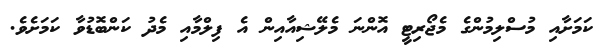
ކަމަށާއި މުސްލިމުންގެ މެޖޯރިޓީ އޮންނަ މެލޭޝިއާއިން އެ ފިލްމާއި މެދު ކަންބޮޑުވާ ކަމަށެވެ.